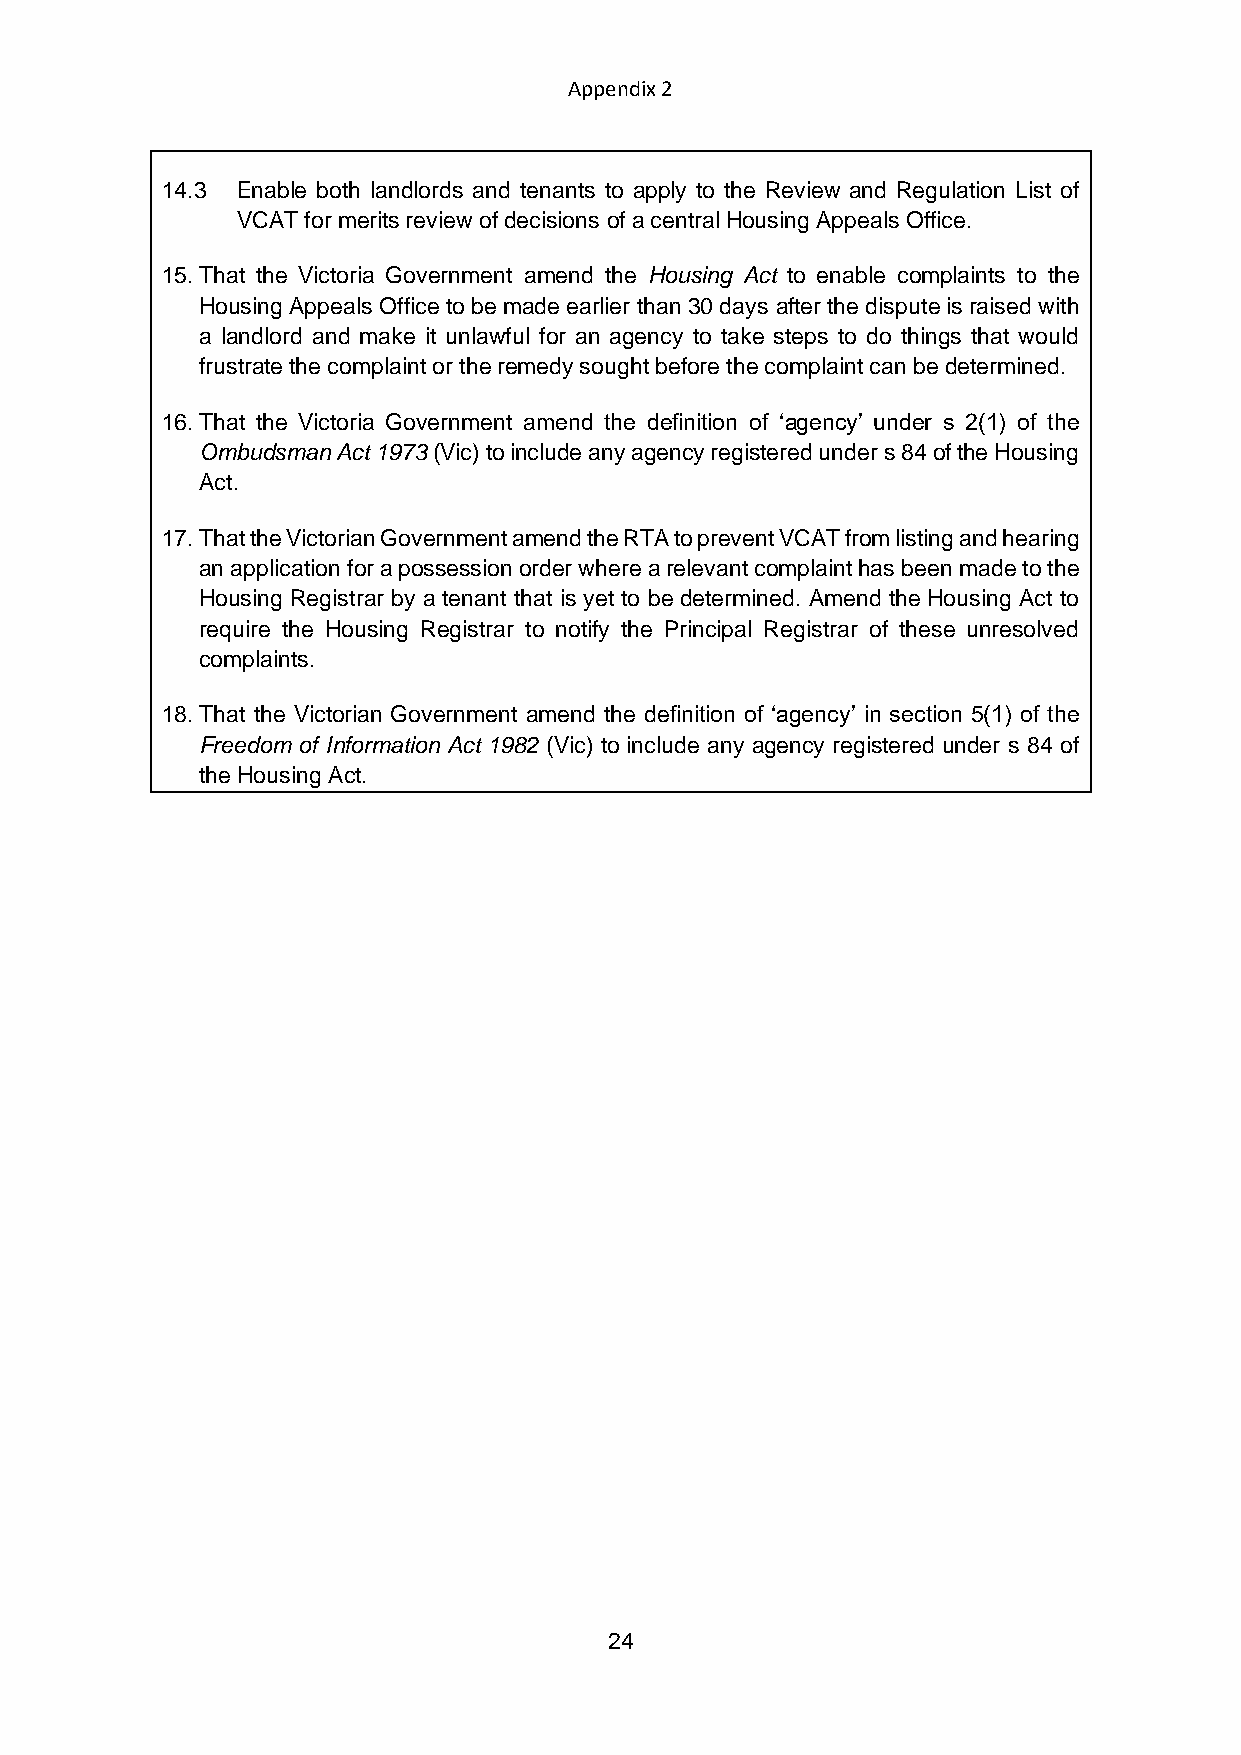
Appendix 2
 14.3 Enable both landlords and tenants to apply to the Review and Regulation List of
 VCAT for merits review of decisions of a central Housing Appeals Office.
 15. That the Victoria Government amend the Housing Act to enable complaints to the
 Housing Appeals Office to be made earlier than 30 days after the dispute is raised with
 a landlord and make it unlawful for an agency to take steps to do things that would
 frustrate the complaint or the remedy sought before the complaint can be determined.
 16. That the Victoria Government amend the definition of ‘agency’ under s 2(1) of the
 Ombudsman Act 1973 (Vic) to include any agency registered under s 84 of the Housing
 Act.
 17. That the Victorian Government amend the RTA to prevent VCAT from listing and hearing
 an application for a possession order where a relevant complaint has been made to the
 Housing Registrar by a tenant that is yet to be determined. Amend the Housing Act to
 require the Housing Registrar to notify the Principal Registrar of these unresolved
 complaints.
 18. That the Victorian Government amend the definition of ‘agency’ in section 5(1) of the
 Freedom of Information Act 1982 (Vic) to include any agency registered under s 84 of
 the Housing Act.
 24